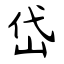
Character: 岱